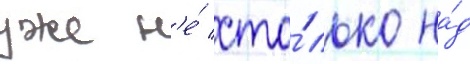
уже н'е́ сто́лько на́д